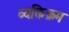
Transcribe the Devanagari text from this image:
व्यक्तिक्रम